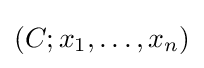
(C;x_{1},\ldots ,x_{n})